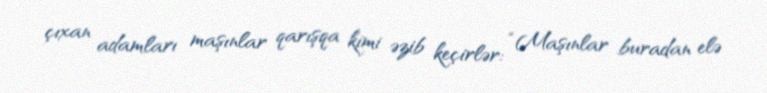
çıxan adamları maşınlar qarışqa kimi əzib keçirlər: “Maşınlar buradan elə